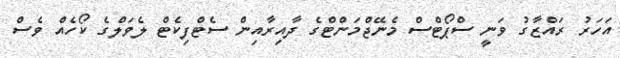
އަހަރު ރައްޒާގު ވަނީ ސްޕޯޓްސް މެނޭޖްމަންޓްގެ ދާއިރާއިން ސެޓްފިކެޓް ލެވަލްގެ ކޯހެއް ވެސް